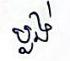
ប្លង់